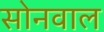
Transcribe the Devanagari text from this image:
सोनवाल